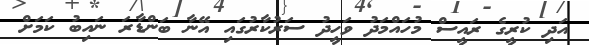
އަދި ކުރީގެ ރައީސް މުހައްމަދު ވަހީދު ސަރުކާރުގައި އޭނާ ބަންޑާރަ ނައިބު ކަމަށް